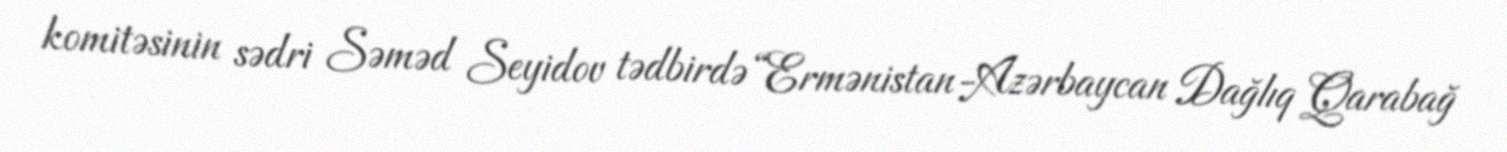
komitəsinin sədri Səməd Seyidov tədbirdə “Ermənistan-Azərbaycan Dağlıq Qarabağ